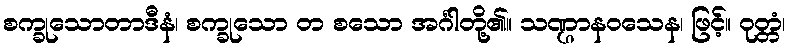
စက္ခုသောတာဒီနံ၊ စက္ခုသော တ စသော အင်္ဂါတို့၏။ သဏ္ဌာနဝသေန၊ ဖြင့်။ ဝုတ္တံ၊